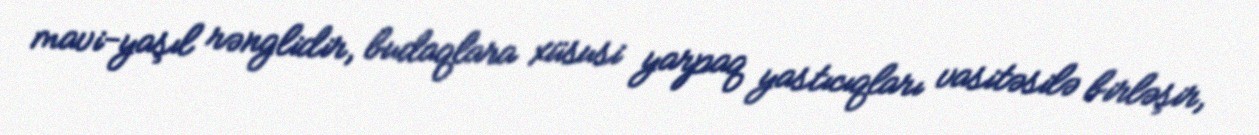
mavi-yaşıl rənglidir, budaqlara xüsusi yarpaq yastıcıqları vasitəsilə birləşir,